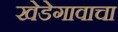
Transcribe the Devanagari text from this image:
खेडेगावाचा